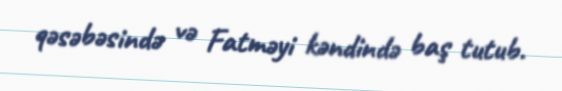
qəsəbəsində və Fatməyi kəndində baş tutub.